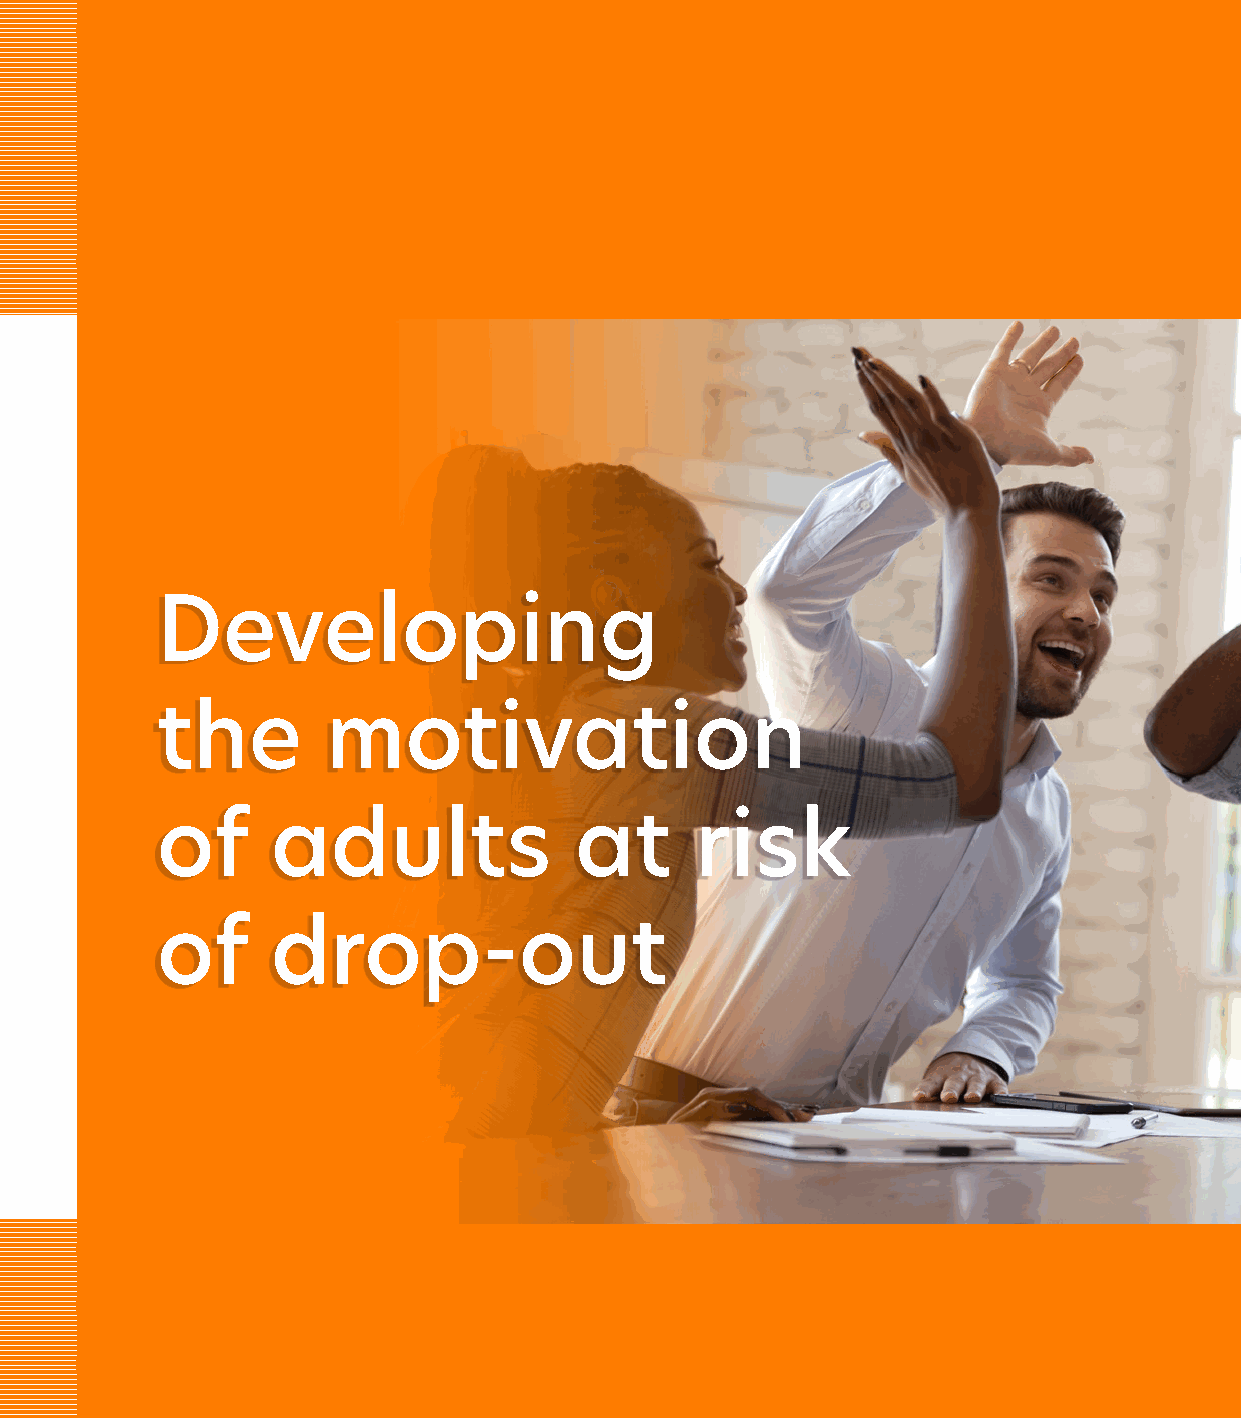
Developing
 the         motivation
 of      adults              at      risk
 of      drop-out